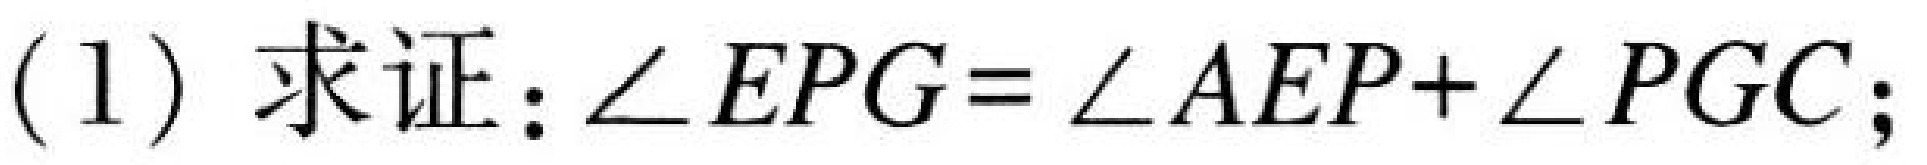
(1) 求证：\(\angle EPG=\angle AEP+\angle PGC\);